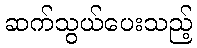
ဆက်သွယ်ပေးသည့်